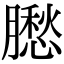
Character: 𦡗